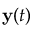
{ \bf y } ( t )